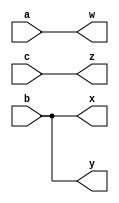
module top_module( 
    input a,b,c,
    output w,x,y,z );
    buf(w,a);
    buf(x,b);
    buf(y,b);
    buf(z,c);
endmodule